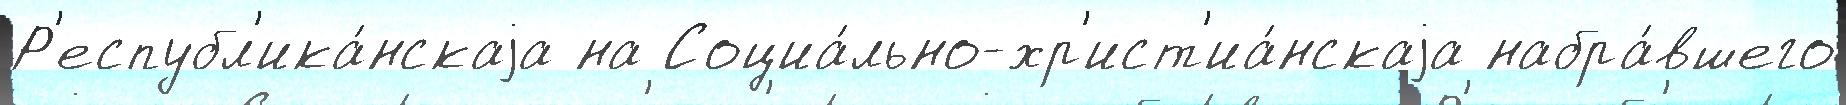
Р'еспубл'ика́нскаjа на Социа́льно-хр'ист'иа́нскаjа набра́вшего